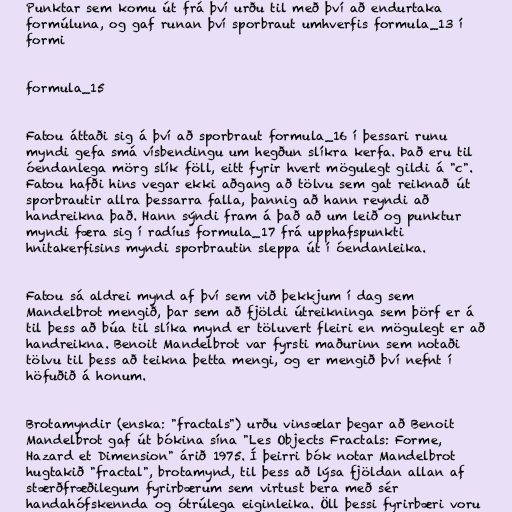
Punktar sem komu út frá því urðu til með því að endurtaka
formúluna, og gaf runan því sporbraut umhverfis formula_13 í
formi

formula_15

Fatou áttaði sig á því að sporbraut formula_16 í þessari runu
myndi gefa smá vísbendingu um hegðun slíkra kerfa. Það eru til
óendanlega mörg slík föll, eitt fyrir hvert mögulegt gildi á "c".
Fatou hafði hins vegar ekki aðgang að tölvu sem gat reiknað út
sporbrautir allra þessarra falla, þannig að hann reyndi að
handreikna það. Hann sýndi fram á það að um leið og punktur
myndi færa sig í radíus formula_17 frá upphafspunkti
hnitakerfisins myndi sporbrautin sleppa út í óendanleika.

Fatou sá aldrei mynd af því sem við þekkjum í dag sem
Mandelbrot mengið, þar sem að fjöldi útreikninga sem þörf er á
til þess að búa til slíka mynd er töluvert fleiri en mögulegt er að
handreikna. Benoit Mandelbrot var fyrsti maðurinn sem notaði
tölvu til þess að teikna þetta mengi, og er mengið því nefnt í
höfuðið á honum.

Brotamyndir (enska: "fractals") urðu vinsælar þegar að Benoit
Mandelbrot gaf út bókina sína "Les Objects Fractals: Forme,
Hazard et Dimension" árið 1975. Í þeirri bók notar Mandelbrot
hugtakið "fractal", brotamynd, til þess að lýsa fjöldan allan af
stærðfræðilegum fyrirbærum sem virtust bera með sér
handahófskennda og ótrúlega eiginleika. Öll þessi fyrirbæri voru